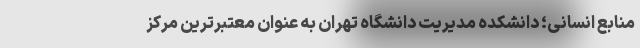
منابع انسانی؛ دانشکده مدیریت دانشگاه تهران به عنوان معتبرترین مرکز